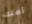
أملك